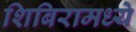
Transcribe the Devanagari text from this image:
शिबिरामध्ये